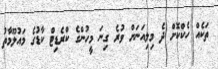
ތަކެއް ހެކްކޮށް ދެ މިލިއަނަށް ވުރެ ގިނަ މީހުންގެ ކްރެޑިޓް ކާޑުގެ މައުލޫމާތު